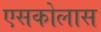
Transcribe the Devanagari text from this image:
एसकोलास